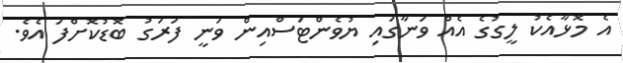
އެ މޮޅާއެކު ލީގުގެ އެއް ވަނާގައި ޔުވެންޓަސްއިން ވަނީ ފަރަގު ބޮޑުކޮށްފަ އެވެ.